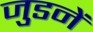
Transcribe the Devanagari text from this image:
जुडनें